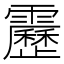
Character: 靂